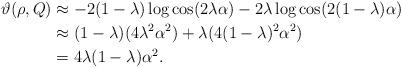
LaTeX: \begin{align*}\vartheta(\rho,Q) & \approx - 2(1-\lambda)\log \cos(2\lambda\alpha)- 2\lambda\log \cos(2(1-\lambda)\alpha)\\& \approx (1-\lambda)(4\lambda^2\alpha^2)+\lambda(4(1-\lambda)^2\alpha^2)\\& = 4\lambda(1-\lambda)\alpha^2.\end{align*}